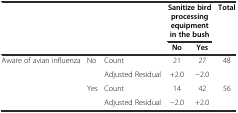
<table><thead><tr><td rowspan="2" colspan="3"></td><td colspan="2"><b>Sanitize bird processing equipment in the bush</b></td><td rowspan="2"><b>Total</b></td></tr><tr><td><b>No</b></td><td><b>Yes</b></td></tr></thead><tbody><tr><td rowspan="4">Aware of avian influenza</td><td rowspan="2">No</td><td>Count</td><td>21</td><td>27</td><td>48</td></tr><tr><td>Adjusted Residual</td><td>+2.0</td><td>-2.0</td><td></td></tr><tr><td rowspan="2">Yes</td><td>Count</td><td>14</td><td>42</td><td>56</td></tr><tr><td>Adjusted Residual</td><td>-2.0</td><td>+2.0</td><td></td></tr></tbody></table>